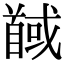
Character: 馘